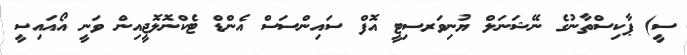
ސީ) ޕާކިސްތާނުގެ ނޭޝަނަލް ޔުނިވަރސިޓީ އޮފް ސައިންސަސް އެންޑް ޓެކްނޮލޮޖީއިން ވަނީ އޯއައިސީ